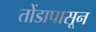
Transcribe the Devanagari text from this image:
तोंडापासून